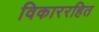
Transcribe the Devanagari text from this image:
विकाररहित